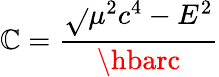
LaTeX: \mathbb{C}={\frac{{\sqrt{}{{\mu^{2}c^{4}-E^{2}}}}}{{\hbarc}}}